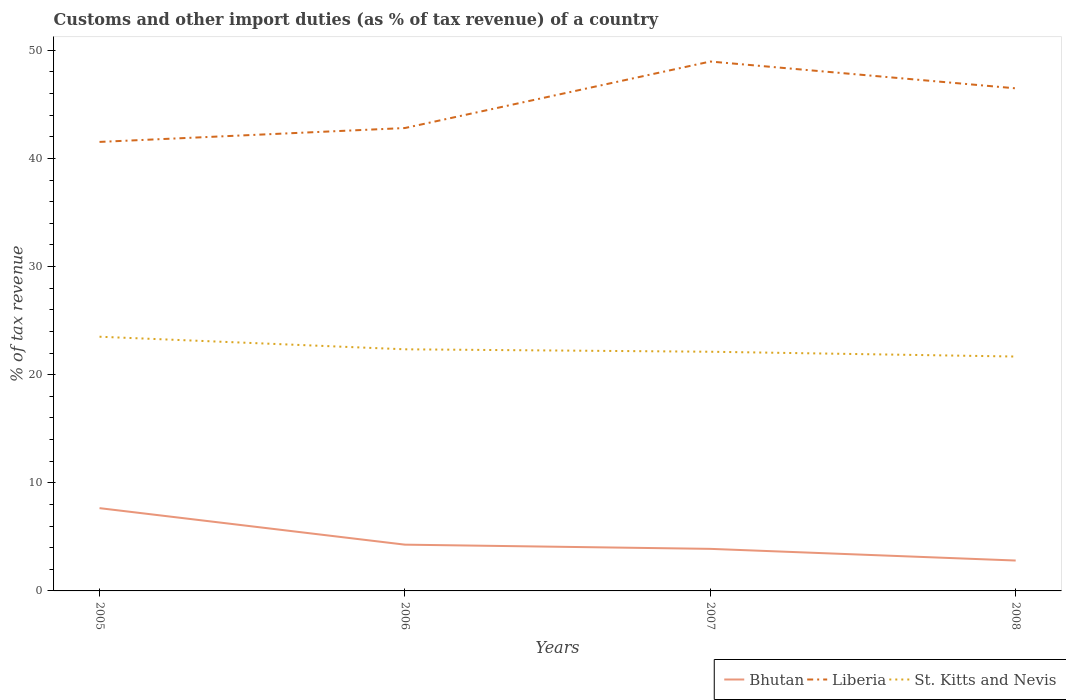
| Years | Bhutan | Liberia | St. Kitts and Nevis |
 | --- | --- | --- | --- |
 | 2005 | 7.66 | 41.5 | 23.5 |
 | 2006 | 4.28 | 42.8 | 22.3 |
 | 2007 | 3.89 | 49 | 22.1 |
 | 2008 | 2.81 | 46.5 | 21.7 |